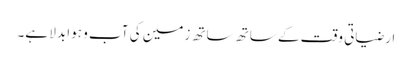
ارضیاتی وقت کے ساتھ ساتھ زمین کی آب و ہوا بدلا ہے۔